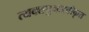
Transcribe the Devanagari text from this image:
त्यक्तपुनःस्वीकृत